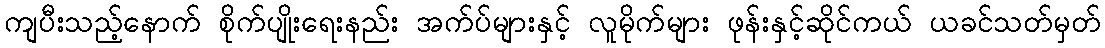
ကျပီးသည့်နောက် စိုက်ပျိုးရေးနည်း အက်ပ်များနှင့် လူမိုက်များ ဖုန်းနှင့်ဆိုင်ကယ် ယခင်သတ်မှတ်